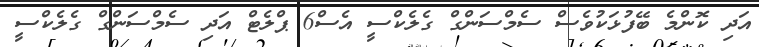
އަދި ކޮންމެ ބޭފުޅަކުވެސް ސެމްސަންގް ގެލެކްސީ އެސް6 ޕްލެޓް އަދި ސެމްސަންގް ގެލެކްސީ